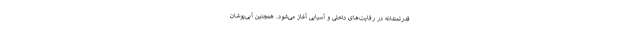
قدرتمندانه در رقابت‌های داخلی و آسیایی آغاز می‌شود. همچنین آبی‌پوشان